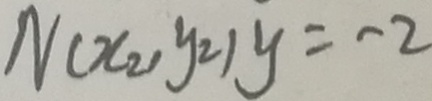
N ( x _ { 2 } , y _ { 2 } ) y = - 2